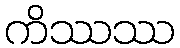
ကိဿဿ